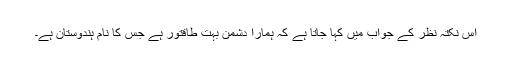
اس نکتہ نظر کے جواب میں کہا جاتا ہے کہ ہمارا دشمن بہت طاقتور ہے جس کا نام ہندوستان ہے۔